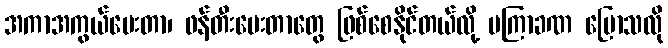
အကာအကွယ်ပေးတာ၊ ဖန်တီးပေးတာတွေ ဖြစ်စေနိုင်တယ်လို့ မကြာခဏ ပြောသလို